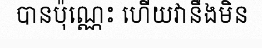
បានប៉ុណ្ណេះ ហើយវានឹងមិន